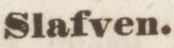
Slafven.